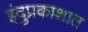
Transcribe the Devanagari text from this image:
इंदुप्रकाशात